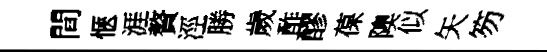
間愜涯贅涇勝歲酢醪葆隩似矢笏